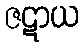
ဇဋာယ